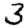
Digit: 3